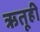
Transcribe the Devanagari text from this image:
ऋतूही